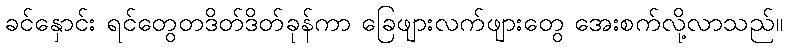
ခင်နှောင်း ရင်တွေတဒိတ်ဒိတ်ခုန်ကာ ခြေဖျားလက်ဖျားတွေ အေးစက်လို့လာသည်။